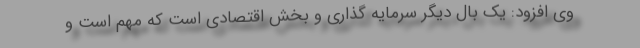
وی افزود: یک بال دیگر سرمایه گذاری و بخش اقتصادی است که مهم است و